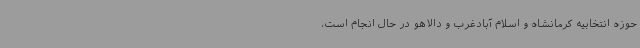
حوزه انتخابیه کرمانشاه و اسلام آبادغرب و دالاهو در حال انجام است،